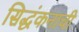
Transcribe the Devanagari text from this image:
सिद्धंकनाची